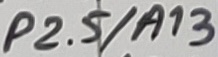
Text: P2.5/A13